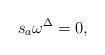
LaTeX: \begin{align*}s_{a}\omega ^{\Delta }=0, \end{align*}